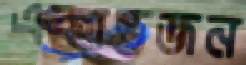
একান্তজন